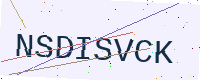
Text: NSDISVCK